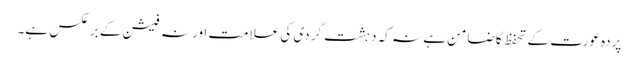
پردہ عورت کے تحفظ کا ضامن ہے نہ کہ دہشت گردی کی علامت اور نہ فیشن کے برعکس ہے۔